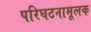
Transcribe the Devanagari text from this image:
परिघटनामूलक